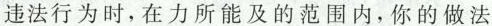
违法行为时，在力所能及的范围内，你的做法